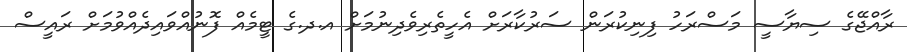
ރާއްޖޭގެ ސިޔާސީ މަސްރަހު ފިނިކުރަން ސަރުކާރަށް އެހީތެރިވެދިނުމަށް އ.ދ.ގެ ޓީމެއް ފޮނުއްވައިދެއްވުމަށް ރައީސް